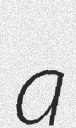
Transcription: a